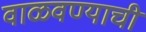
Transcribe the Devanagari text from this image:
वाळवण्याची